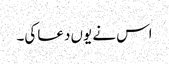
اس نے یوں دعا کی۔